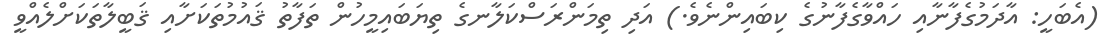
(އެބަހީ: އާދަމުގެފާނާއި ހައްވާގެފާނުގެ ކިބައިންނެވެ.) އަދި ތިމަންރަސްކަލާނގެ ތިޔަބައިމީހުން ތަފާތު ޤައުމުތަކަށާއި ޤަބީލާތަކަށްލެއްވީ